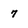
Character: 7